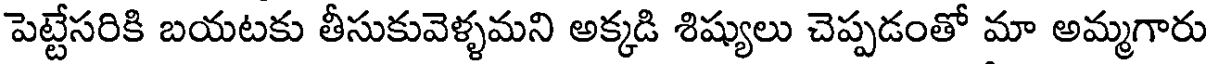
పెట్టేసరికి బయటకు తీసుకువెళ్ళమని అక్కడి శిష్యులు చెప్పడంతో మా అమ్మగారు